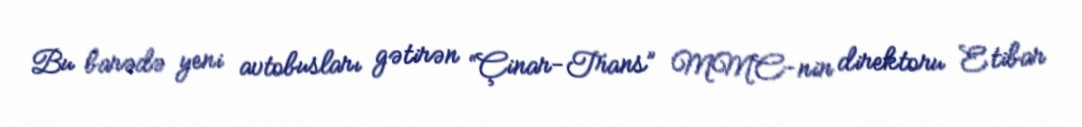
Bu barədə yeni avtobusları gətirən “Çinar-Trans” MMC-nin direktoru Etibar